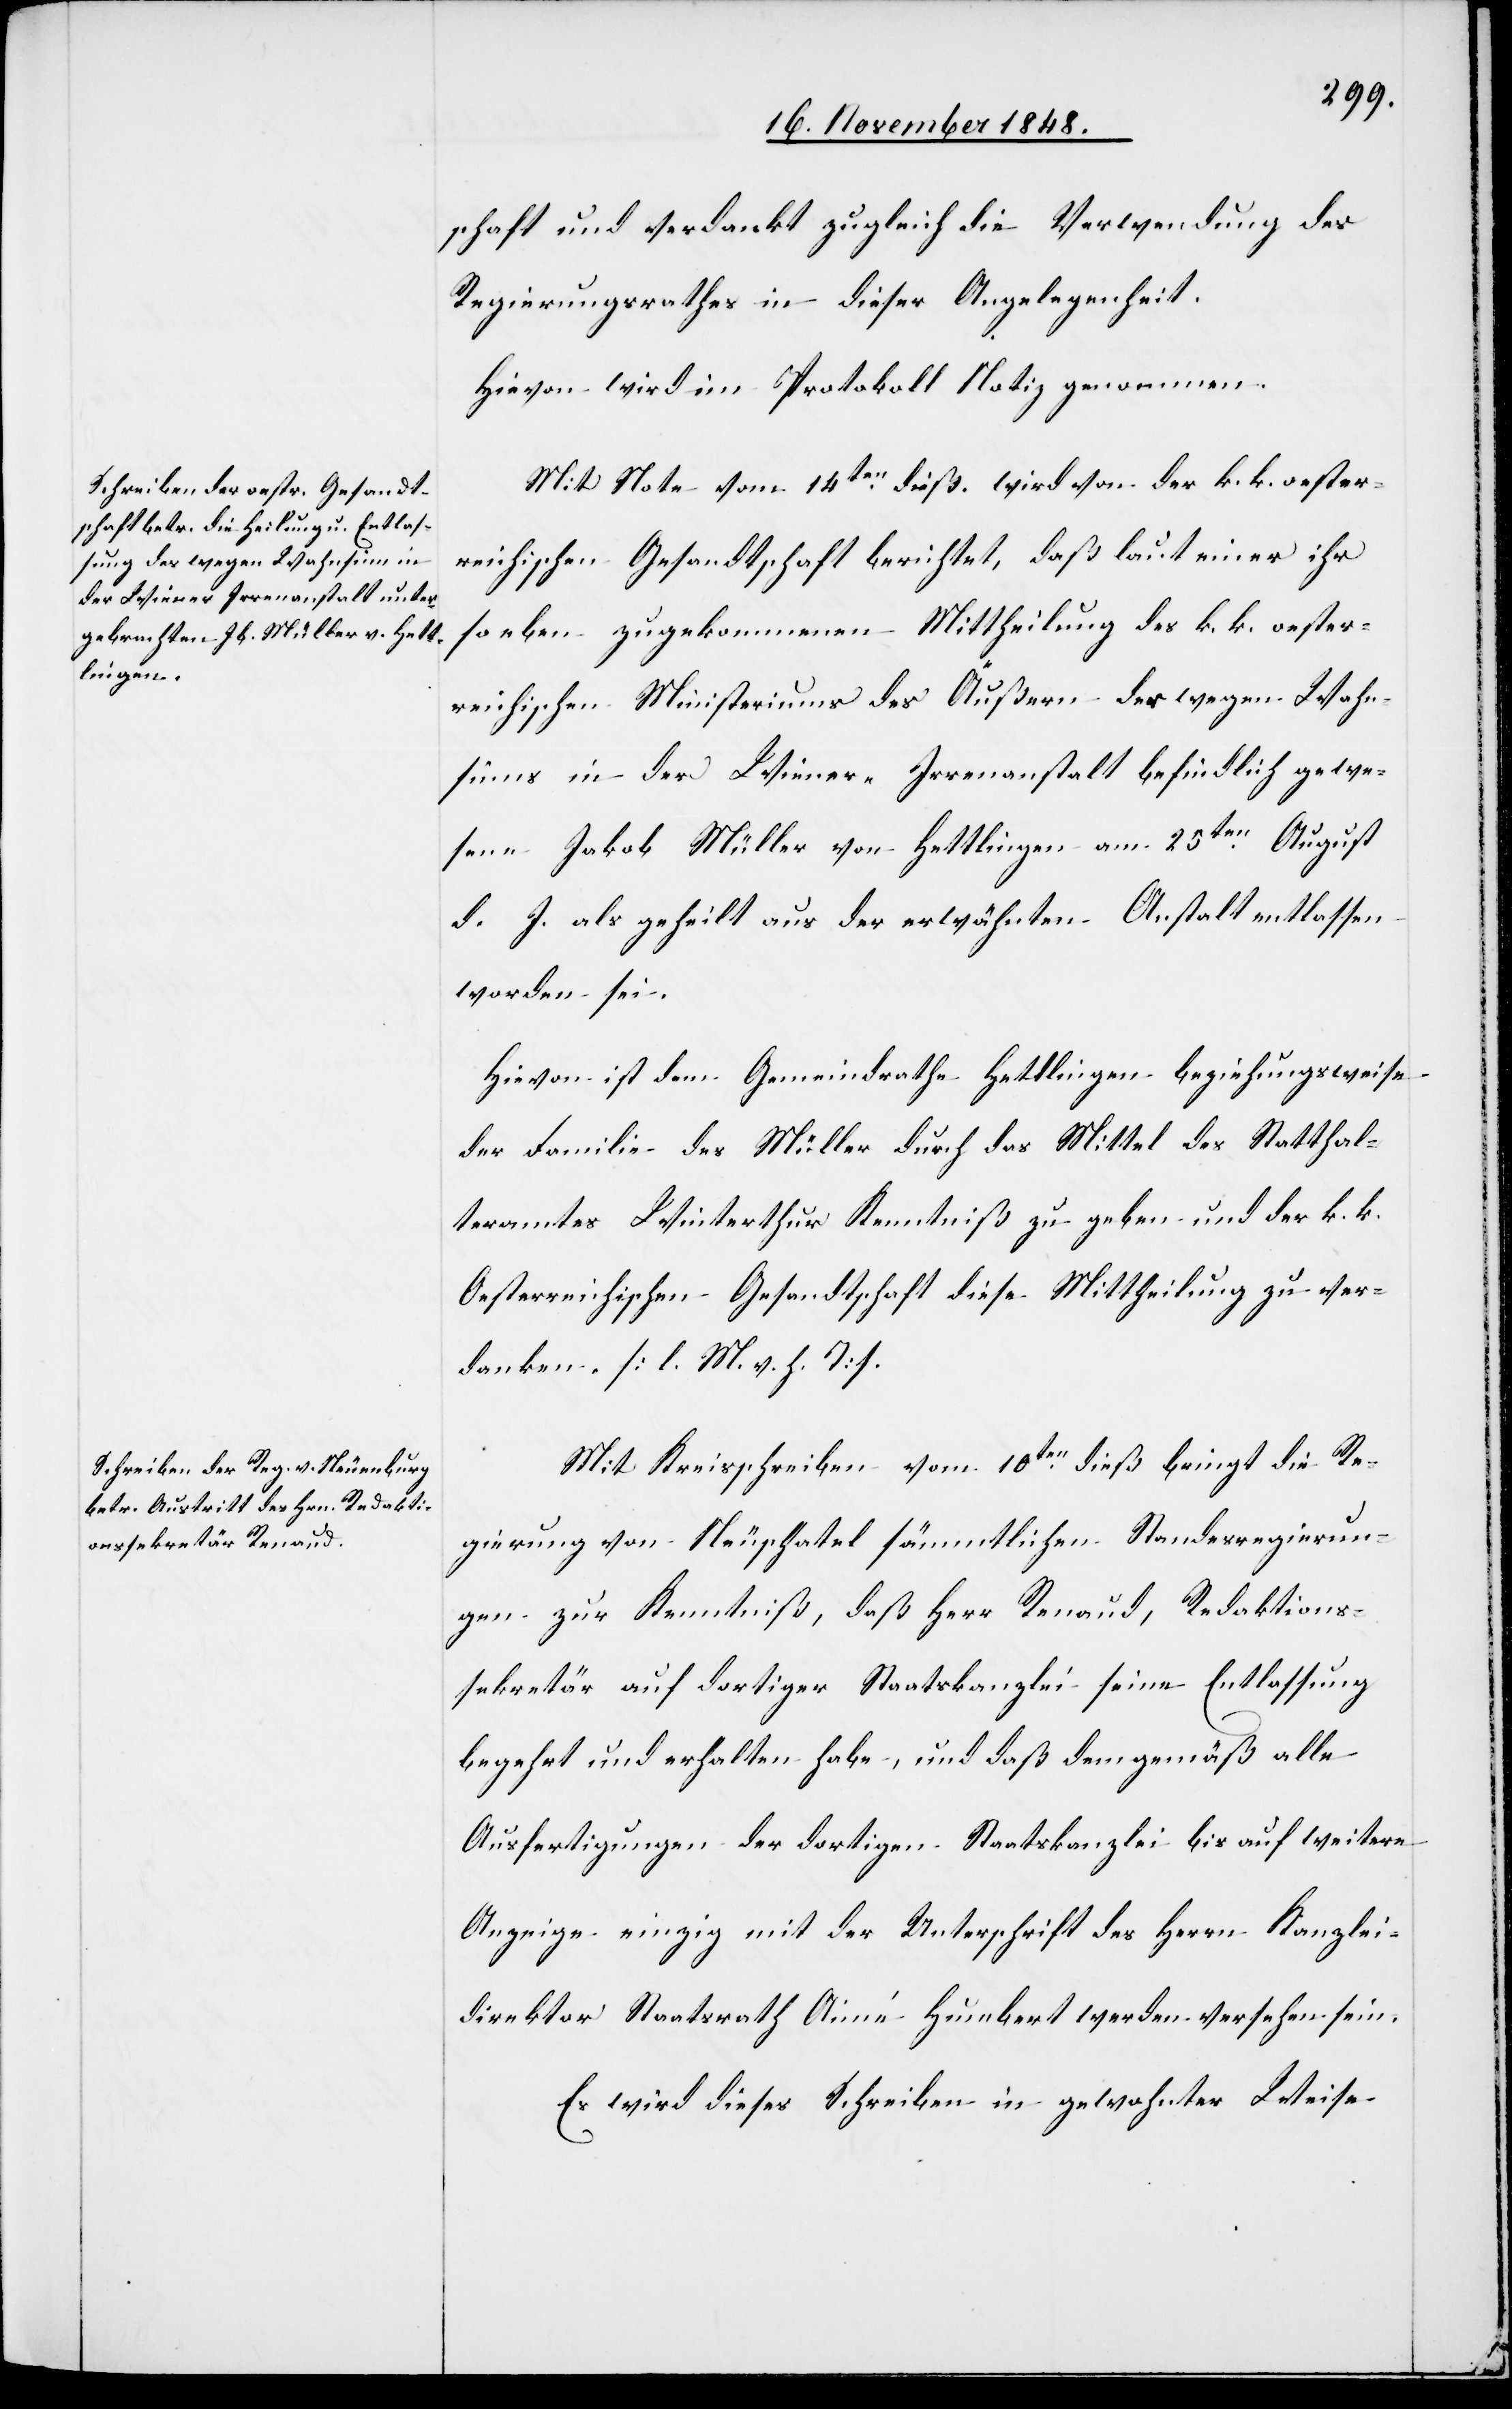
schaft und verdankt zugleich die Verwendung des
Regierungsrathes in dieser Angelegenheit.
Hievon wird im Protokoll Notiz genommen.
Mit Note vom 14ten dieß. wird von der k. k. oester¬
reichischen Gesandtschaft berichtet, daß laut einer ihr
so eben zugekommenen Mittheilung des k. k. oester¬
reichischen Ministeriums des Äußern der wegen Wahn¬
sinns in der Wiener-Irrenanstalt befindlich gewe¬
sene Jakob Müller von Hettlingen am 25ten August
d. J. als geheilt aus der erwähnten Anstalt entlassen
worden sei.
Hievon ist dem Gemeindrathe Hettlingen beziehungsweise
der Familie des Müller durch das Mittel des Statthal¬
teramtes Winterthur Kenntniß zu geben und der k. k.
Oesterreichischen Gesandtschaft diese Mittheilung zu ver¬
danken. [l. M. v. h. T]
Mit Kreisschreiben vom 10ten dieß bringt die Re¬
gierung von Neuschatel sämmtlichen Standesregierun¬
gen zur Kenntniß, daß Herr Renaud, Radaktions¬
sekretär auf dortiger Staatskanzlei seine Entlassung
begehrt und erhalten habe, und daß demgemäß alle
Ausfertigungen der dortigen Staatskanzlei bis auf weitere
Anzeige einzig mit der Unterschrift des Herrn Kanzlei¬
direktor Staatsrath Anné Humbert werden versehen sein.
Es wird dieses Schreiben in gewohnter Weise